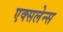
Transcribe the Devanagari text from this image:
एक्सलेन्स